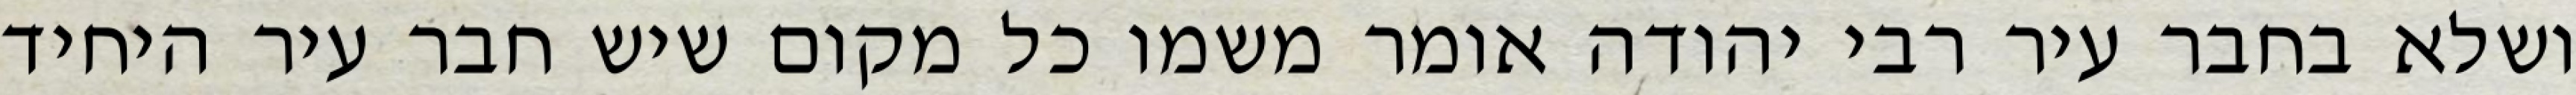
ושלא בחבר עיר רבי יהודה אומר משמו כל מקום שיש חבר עיר היחיד